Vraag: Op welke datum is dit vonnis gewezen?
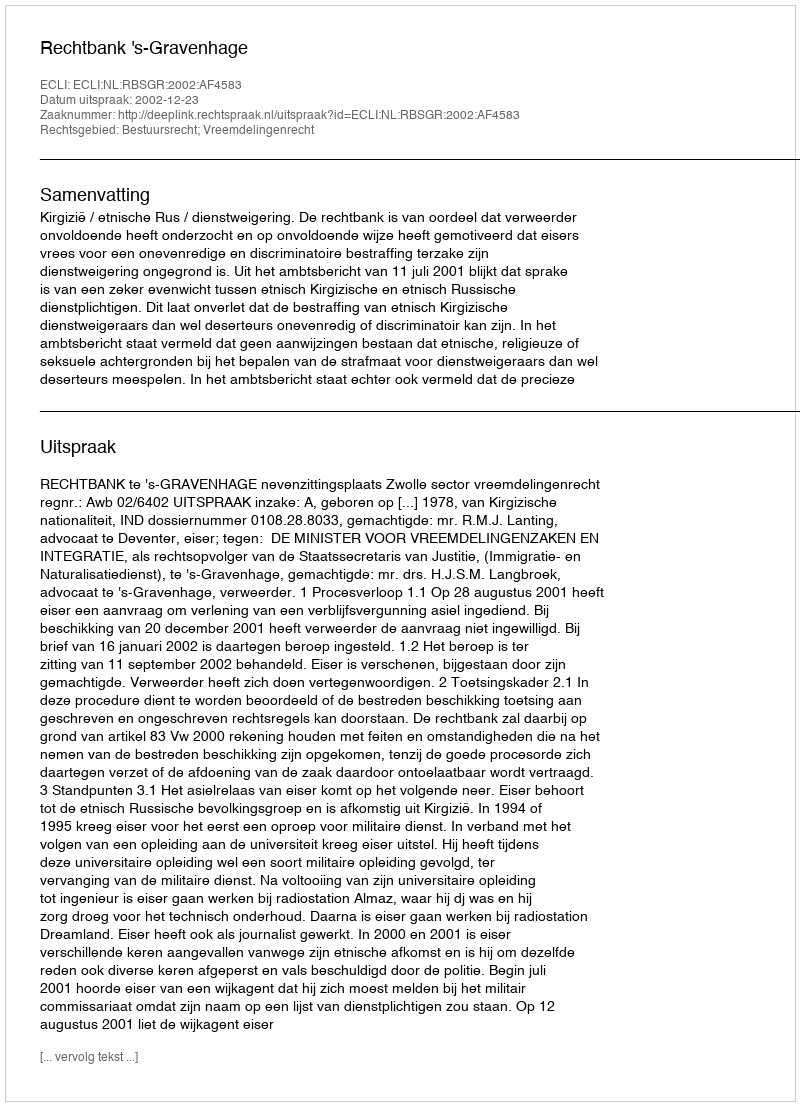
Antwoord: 2002-12-23